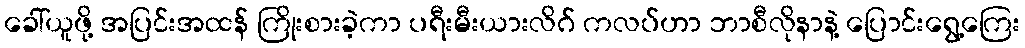
ခေါ်ယူဖို့ အပြင်းအထန် ကြိုးစားခဲ့ကာ ပရီးမီးယားလိဂ် ကလပ်ဟာ ဘာစီလိုနာနဲ့ ပြောင်းရွေ့ကြေး